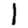
Digit: 1